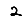
Digit: 2